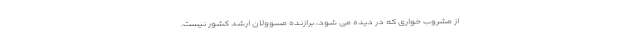
از مشروب خواری که در دیده می شود، برازنده مسوولان ارشد کشور نیست.